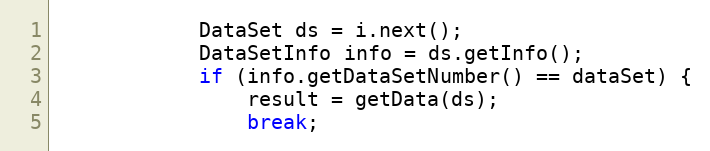
Language: Java
			DataSet ds = i.next();
			DataSetInfo info = ds.getInfo();
			if (info.getDataSetNumber() == dataSet) {
				result = getData(ds);
				break;